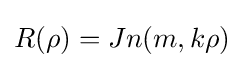
R(\rho )=Jn(m,k\rho )